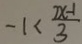
- 1 < \frac { 2 x - 1 } { 3 }